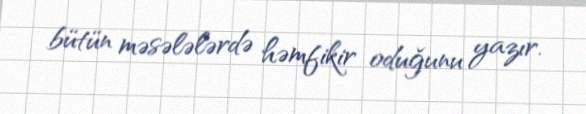
bütün məsələlərdə həmfikir oduğunu yazır.